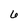
Character: 6